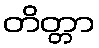
တိတ္တာ